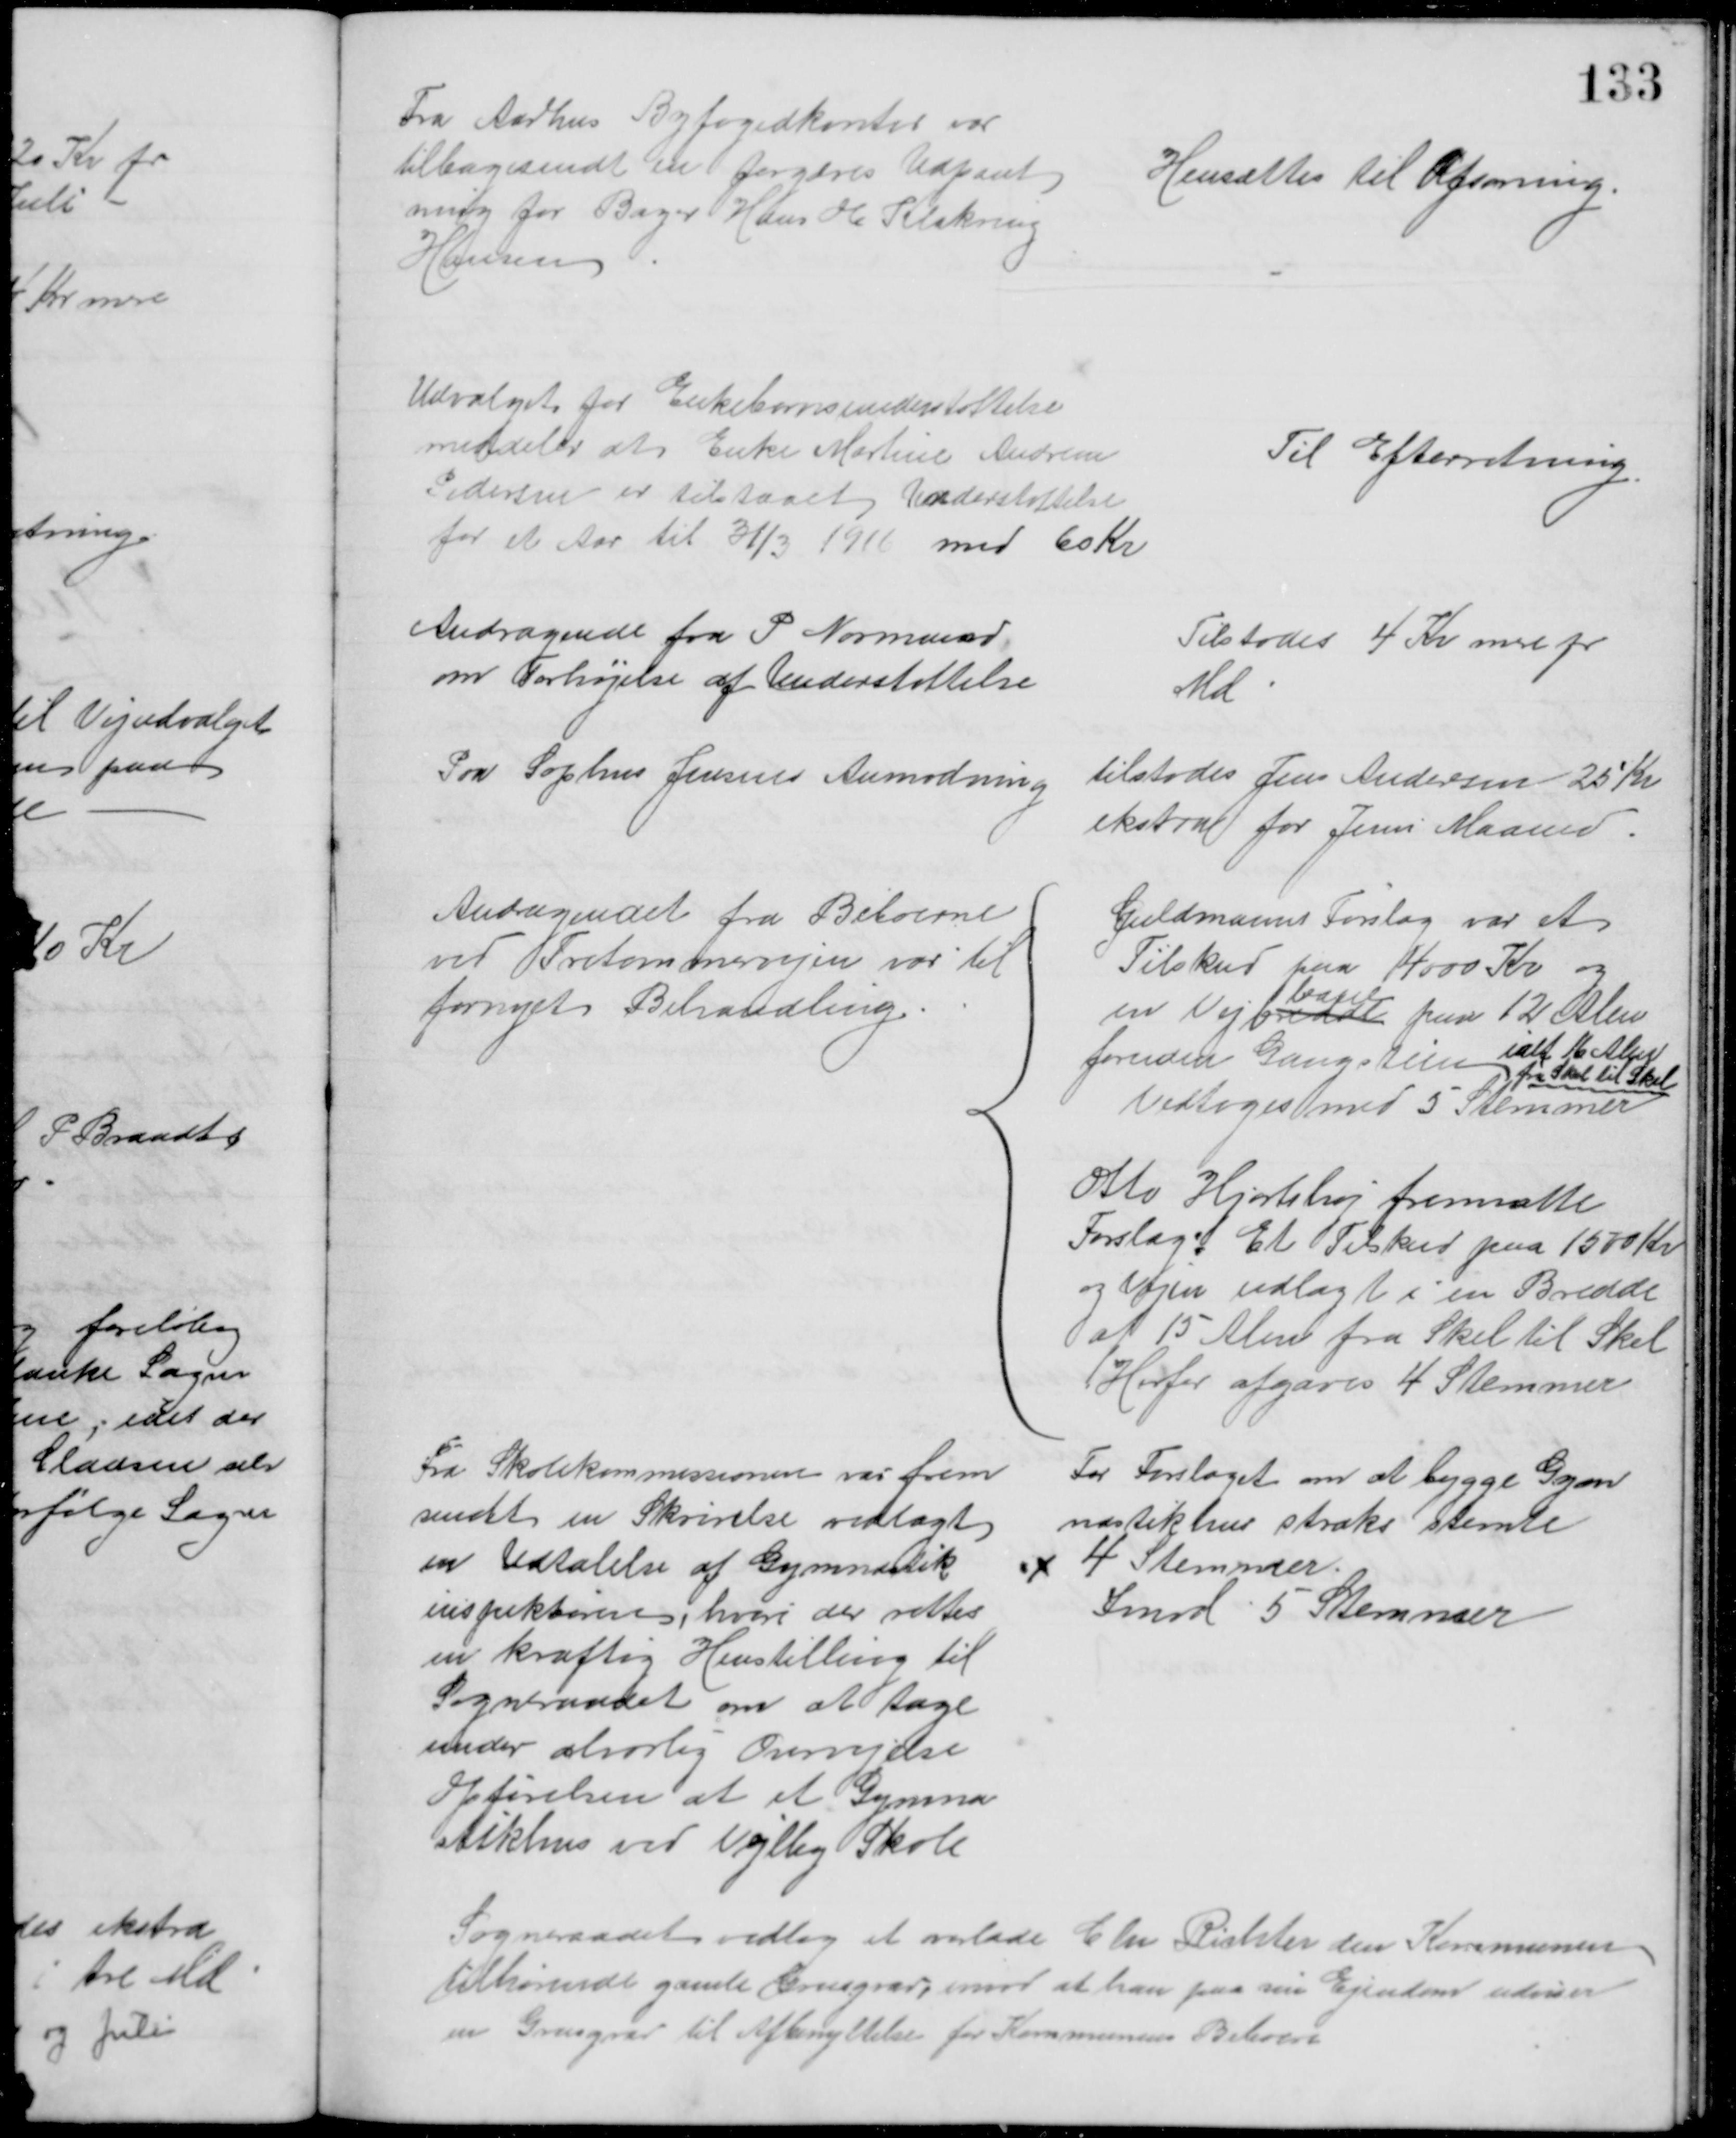
Transskription:
Fra Aarhus Byfogedkontor var
tilbagesendt en forgæves Udpant
ning for Bager Hans H. Klakring
Hansen
Hensættes til Afsoning.
Udvalget for Enkebørnsunderstøttelse
meddeler at Enke Martine Andrea
Pedersen er tilstaaet Understøttelse
for et Aar til 31/3 1916 med 60 Kr
Til Efterretning
Andragende fra P. Normand
om Forhøjelse af Understøttelse
Tilstodes 4 Kr med pr
Md
Paa Sophus Jensens Anmodning
tilstodes Jens Andersen 25 Kr
ekstra for Juni Maaned.
Andagendet fra Beboerne
ved Tretommervejen var til
fornyet Behandling.
Guldmanns Forslag var et 
Tilskud paa 4000 Kr og
en Vejbredde
bane
paa 12 Alen
foruden Gangstien
fra Skel til Skel
ialt 16 Alen
Vedtoges med 5 Stemmer
Otto Hjortshøj fremsatte
Forslag: Et Tilskud paa 1500 Kr
og Vejen udlagt i en Bredde
af 15 Alen fra Skel til Skel
Herfor afgaves 4 Stemmer
Fra Skolekommissionen var frem
sendt en Skrivelse vedlagt
en Udtalelse af Gymnastik
inspektøren, hvori der rettes
en kraftig Henstilling til
Sogneraadet om at tage
under alvorlig Overvejelse
Opførelsen af et Gymna
stikhus ved Vejlby Skole
For Forslaget om at bygge Gymn
nastikhus straks stemte
4 Stemmer
Imod 5 Stemmer
Sogneraadet vedtog at overlade Chr Richter den Kommunen
tilhørende gamle Grusgrav, imod at han paa sin Ejendom udviser
en Grusgrav til Afbenyttelse for Kommunens Beboere